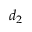
d _ { 2 }